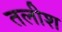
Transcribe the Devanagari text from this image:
तलीश